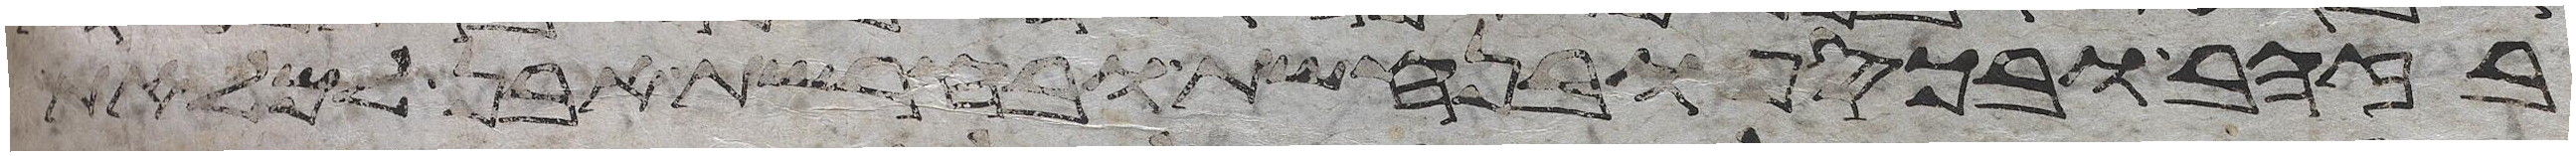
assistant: בזהב ובכסף ובנחשת ובחרשת אבן למלאת